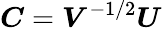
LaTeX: \boldsymbol{C}=\boldsymbol{V}^{-1/2}\boldsymbol{U}